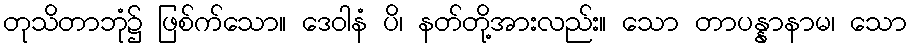
တုသိတာဘုံ၌ ဖြစ်က်သော။ ဒေဝါနံ ပိ၊ နတ်တို့အားလည်း။ သော တာပန္နာနာမ၊ သော